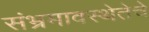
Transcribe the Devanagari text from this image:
संभ्रमावस्थेतेचे